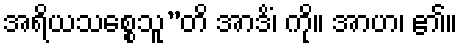
အရိယသစ္စေသူ”တိ အာဒိံ၊ ကို။ အာဟ၊ ၏။